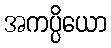
အကပ္ပိယော